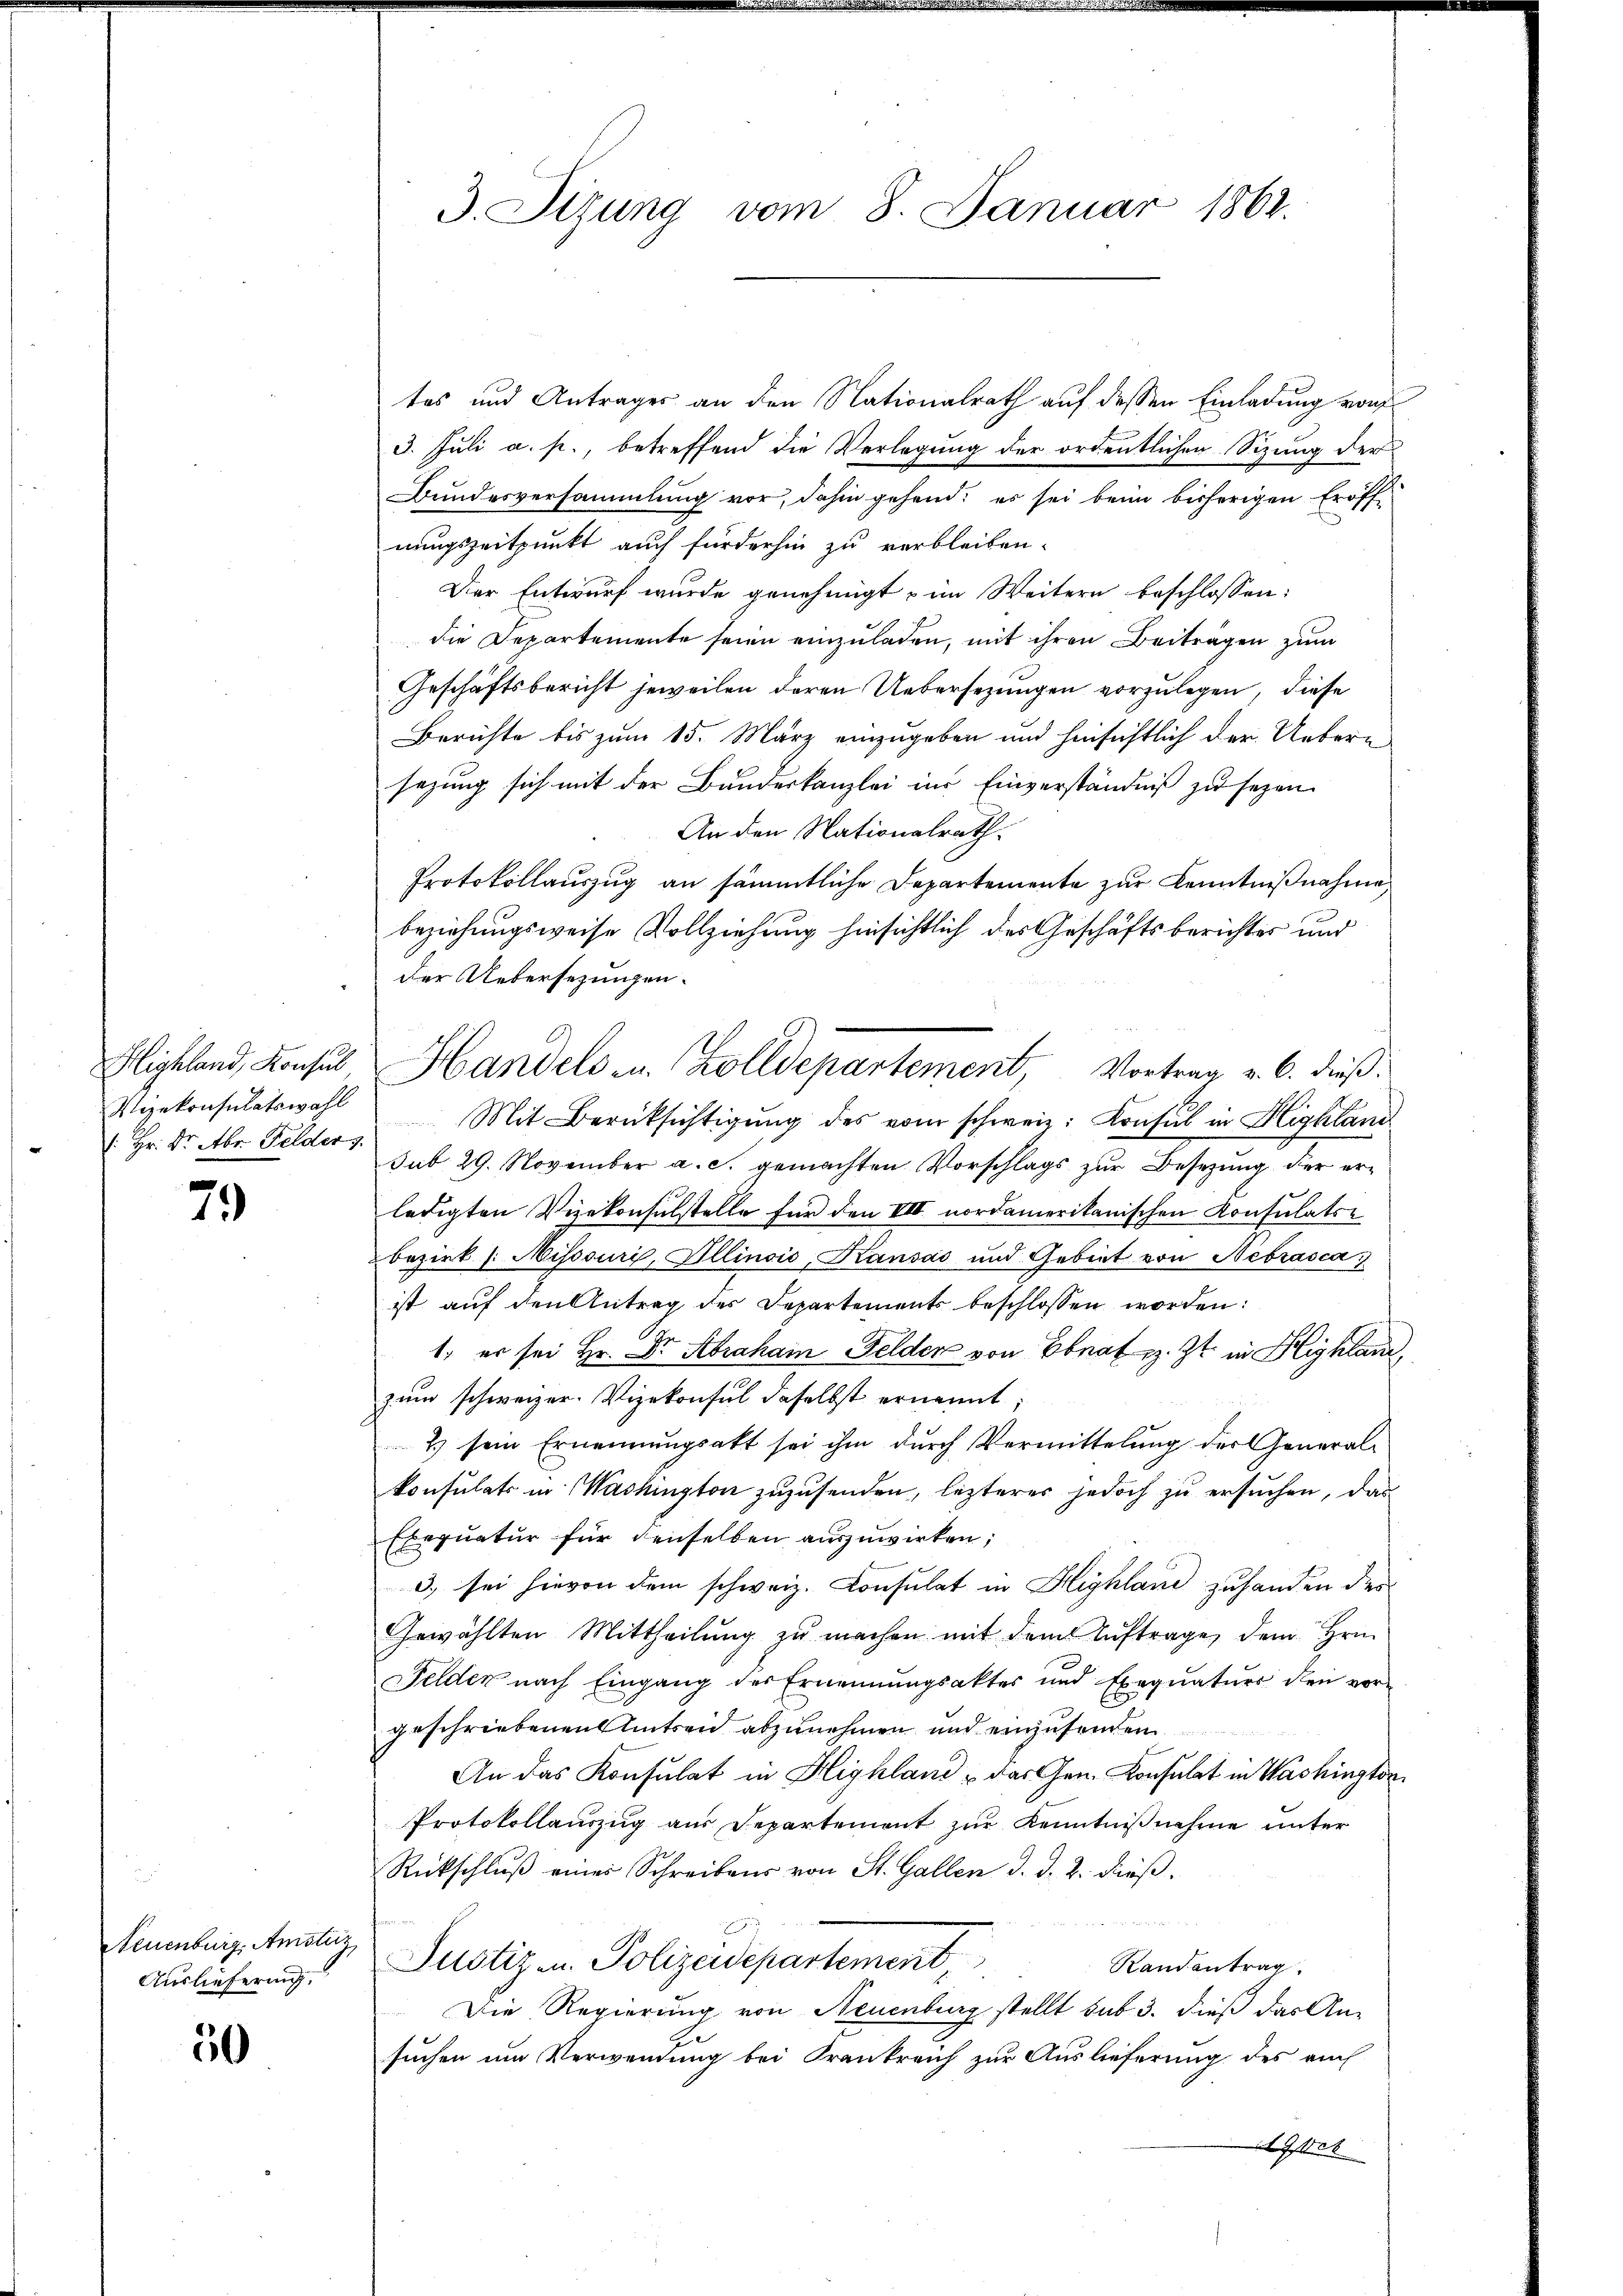
3. Sizung vom 8. Januar 1862.

tes und Antrages an den Nationalrath auf dessen Einladung von
3. Juli a. p., betreffend die Verlegung der ordentlichen Sizung der
Bundesversammlung vor, dahin gehend; es sei beim bisherigen Eröffnungszeitpunkt auch fürderhin zu verbleiben.
Der Entwurf wurde genehmigt & im Weitern beschlossen:
die Departemente seien einzuladen, mit ihren Beitragen zum
Geschäftsbericht jeweilen deren Uebersezungen vorzulegen, diese
Berichte bis zum 15. März einzugeben und hinsichtlich der Uebersezung sich mit der Bauderkanzlei ins Einverständniß zu sezen.
An den Nationalrath.
Protokollaŭszŭg an sämmtliche Departemente zŭr Kenntniβnahme
beziehungsweise Vollziehung hinsichtlich des Geschäftsberichtes und
der Uebersezungen.
Mit Berüksichtigŭng des vom schweiz. Konsul in Highland
sub 29. November a. c. gemachten Vorschlags zur Besetzung der erledigten Vizekonsulstelle für den VIII nordamerikanischen Konsulatse
bezirk /: Misssuri, Illinois, Kausas und Gebiet von Nebrasca
ist auf den Antrag des Departements beschlossen worden:
1. er sei Hr. Dr. Abraham Felder von Ebnat z. Zt. in Highland,
zum schweizer. Vizekonsul daselbst ernannt;
2) sein Ernennungsakt sei ihm dŭrch Vermittelung der General-
konsulats in Washington zuzusenden, lezteres jedoch zu ersuchen, das
Exequatur für denselben auszuwirken;
3) sei hievon dem schweiz. Consulat in Highland zuhanden des
Gewählten Mittheilung zu machen mit dem Auftrage, dem Hrn.
Felder nach Eingang des Ernennungsakter und Exequaturs den vor-
geschriebenen Antren abzunehmen und einzusenden
An das Konsulat in Highland das Gen. Konsulat in Washington
Protokollauszug aus Departement zur Kenntnißnahme unter
Rückschlŭβ einer Schreibens von St. Gallen d. d. 2. dieß.
Justiz- u. Polizeidepartement,
Randantrag
Die Regierung von Neuenburg stellt sub 3. dieß das An-
suchen um Verwendung bei Frankreich zur Auslieferung des auch
 Isel

Highland, Konsus Handels- u. Zolldepartement, Vortrag v. 6. dieß:

Vizekonsulatswahl
(: Hr. Dr. Aber Felder 3.

79

Neuenburg, Amsturz,
Auslieferung.

50